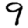
Digit: 9